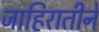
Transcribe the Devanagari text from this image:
जाहिरातीने